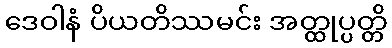
ဒေဝါနံ ပိယတိဿမင်း အတ္ထုပ္ပတ္တိ